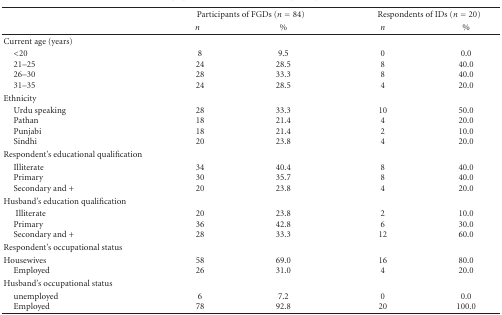
|  | <COLSPAN=2> Participants of FGDs (n = 84) | <COLSPAN=2> Respondents of IDs (n = 20) |
 |  | n | % | n | % |
 | --- | --- | --- | --- | --- |
 | Current age (years) |  |  |  |  |
 | <20 21–25 26–30 31–35 | 8242824 | 9.528.533.328.5 | 0884 | 0.040.040.020.0 |
 | Ethnicity |  |  |  |  |
 | Urdu speakingPathanPunjabiSindhi | 28181820 | 33.321.421.423.8 | 10424 | 50.020.010.020.0 |
 | Respondent's educational qualification |  |  |  |  |
 | IlliteratePrimarySecondary and + | 343020 | 40.435.723.8 | 884 | 40.040.020.0 |
 | Husband's education qualification |  |  |  |  |
 | IlliteratePrimary Secondary and + | 203628 | 23.842.833.3 | 2612 | 10.030.060.0 |
 | Respondent's occupational status |  |  |  |  |
 | Housewives Employed | 5826 | 69.031.0 | 164 | 80.020.0 |
 | Husband's occupational status |  |  |  |  |
 | unemployedEmployed | 678 | 7.292.8 | 020 | 0.0100.0 |